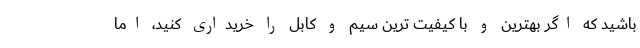
باشید که اگر بهترین و با کیفیت ترین سیم و کابل را خریداری کنید، اما